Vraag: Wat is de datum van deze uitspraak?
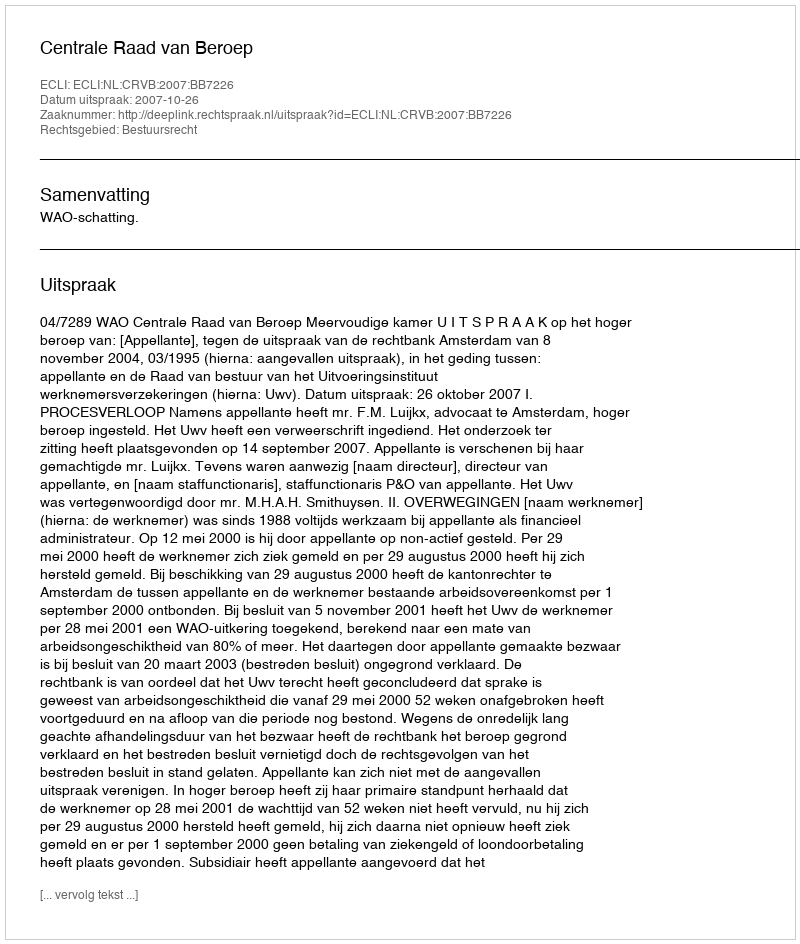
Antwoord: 2007-10-26